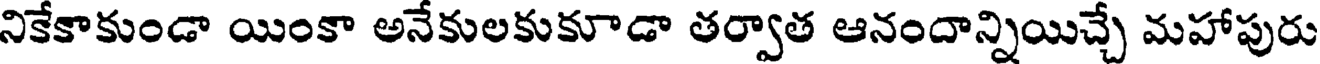
నికేకాకుండా యింకా అనేకులకుకూడా తర్వాత ఆనందాన్నియిచ్చే మహాపురు